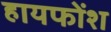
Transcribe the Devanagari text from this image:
हायफोंश